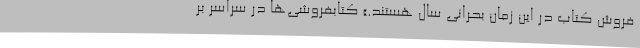
فروش کتاب در این زمان بحرانی سال هستند.» کتابفروشی‌ها در سراسر بر